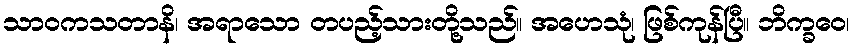
သာဝကသတာနိ၊ အရာသော တပည့်သားတို့သည်။ အဟေသုံ၊ ဖြစ်ကုန်ပြီ။ ဘိက္ခဝေ၊